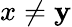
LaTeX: x\neq\mathbf{y}